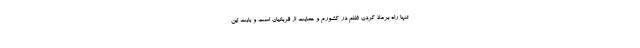
تنها راه برملا کردن ظلم در کشورم و حمایت از قربانیان است و بابت این